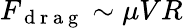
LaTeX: F_{\mathrm{~d~r~a~g~}}\sim\mu VR